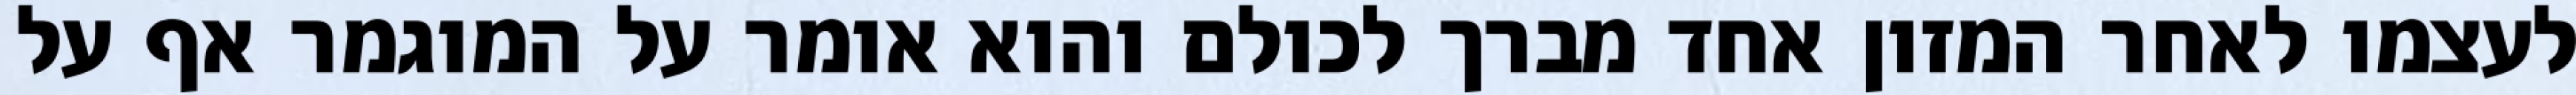
לעצמו לאחר המזון אחד מברך לכולם והוא אומר על המוגמר אף על